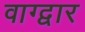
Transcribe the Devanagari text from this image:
वाग्द्वार